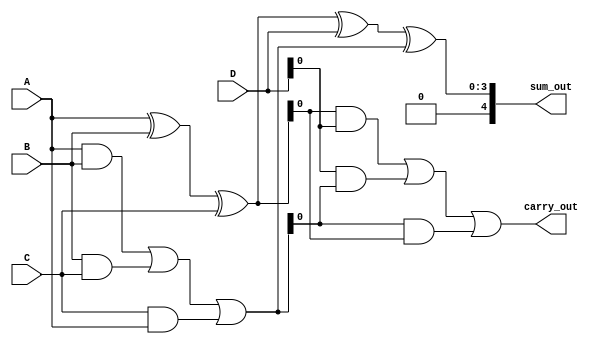
module carry_save_adder (
    input [3:0] A,
    input [3:0] B,
    input [3:0] C,
    input [3:0] D,
    output [4:0] sum_out,
    output carry_out
);
    wire [3:0] sum1, sum2, sum3;
    wire [3:0] carry1, carry2, carry3;

    // First level of CSA
    // Group 1: A, B, C
    assign sum1 = A ^ B ^ C; // Partial sum
    assign carry1 = (A & B) | (B & C) | (C & A); // Carry

    // Group 2: sum1, D, carry1
    assign sum2 = sum1 ^ D ^ carry1; // Partial sum
    assign carry2 = (sum1 & D) | (D & carry1) | (carry1 & sum1); // Carry

    // Final stage: sum2 and carry2
    assign sum3 = sum2; // Final partial sum
    assign carry3 = carry2; // Final carry

    // Final output
    assign sum_out = sum3;
    assign carry_out = carry3;

endmodule